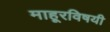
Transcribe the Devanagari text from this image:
माहूरविषयी